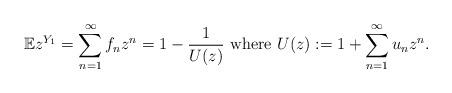
LaTeX: \begin{align*}\mathbb{E} z^{Y_1} = \sum_{n=1}^\infty f_n z^n = 1 - \frac{1}{U(z)} \mbox{ where } U(z) := 1 + \sum_{n=1}^ \infty u_{n} z^n .\end{align*}